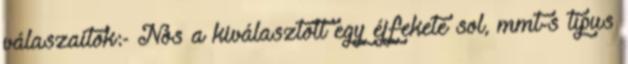
válaszaitok:- Nos a kiválasztott egy éjfekete sol, mmt-s típus